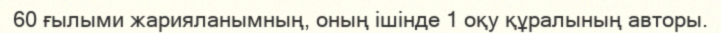
60 ғылыми жарияланымның, оның ішінде 1 оқу құралының авторы.